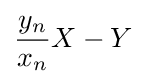
{\frac {y_{n}}{x_{n}}}X-Y